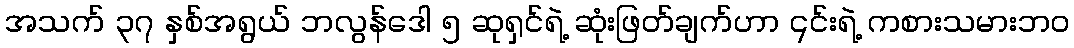
အသက် ၃၇ နှစ်အရွယ် ဘလွန်ဒေါ ၅ ဆုရှင်ရဲ့ ဆုံးဖြတ်ချက်ဟာ ၎င်းရဲ့ ကစားသမားဘဝ